Medical and sanitary report of the native army of Bengal for the year
Year: 1878
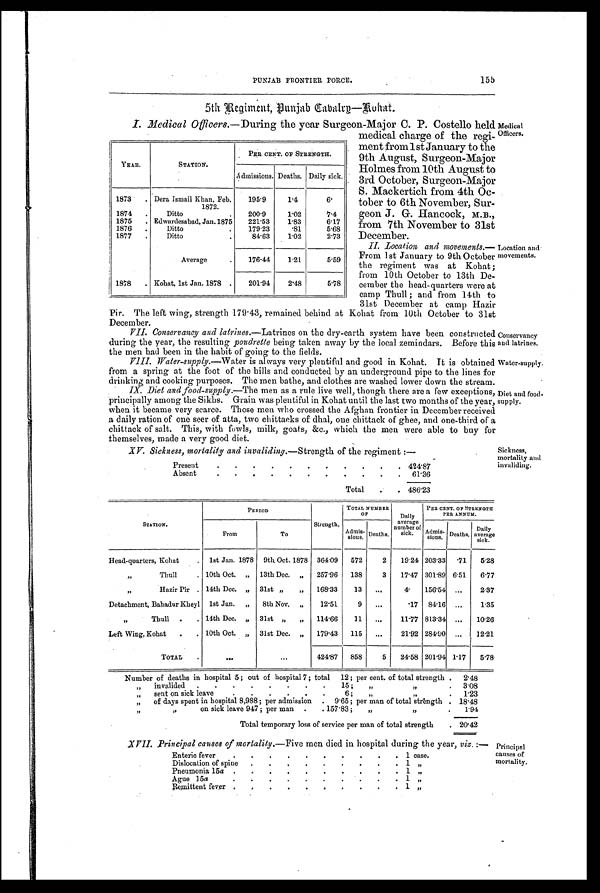
Enteric fever
.
.
.
.
.
.
.
.
.
. 1 case.
Dislocation of spine
.
.
.
.
.
.
.
.
. 1 „
Pneumonia 15a .
.
.
.
.
.
.
.
.
. 1 „
Ague 15a
.
. .
.
.
.
.
.
.
. 1
, ,
Remittent fever
.
.
.
.
.
.
.
.
.
.
1
, ,
Principal
causes of
mortality.
XVII. Principal causes of mortality.— Five men died in hospital during the year, viz.:—
PUNJAB
FRONTIER
FORCE.
155
5th Regiment, Punjab Cabalry-Kohat.
Medical
Officers.
I. Medical Officers.— During the year Surgeon-Major C. P. Costello held
medical charge of the regi-
ment from 1st January to the
9th August, Surgeon-Major
Holmes from 10th August to
3rd October, Surgeon-Major
S. Mackertich from 4th Oc-
tober to 6th November, Sur-
geon J. G. Hancock, M.B.,
from 7th November to 31st
December.
Location
and
movements.
II. Location and movements
. —
F r o m 1 s t J a n u a r y t o 9 t h O c t o b e r
the regiment was at Kohat;
from 10th October to 13th De-
cember the head-quarters were at
camp Thull ; and from 14th to
31st December at camp Hazir
Pir. The left wing, strength 179.43, remained behind at Kohat from 10th October to 31st
December.
Conservancy
and latrines.
V I I C o n s e r v a n c y a n d l a t r i n e s . —L
a t r i n e s o n t h e d r y - e a r t h s y s t e m h a v e b e e n c o n s t r u c t e d
during the year, the resulting poudrette being taken away by the local zemindars. Before this
the men had been in the habit of going to the fields.
Water-supply.
V I I I W a t e r - s u p p l y .-
W a t e r i s a l w a y s v e r y p l e n t i f u l a n d g o o d i n K o h a t . I t i s o b t a i n e d
from a spring at the foot of the hills and conducted by an underground pipe to the lines for
drinking and cooking purposes. The men bathe, and clothes are washed lower down the stream.
Diet and food
-
supply.
I X D i e t a n d f o o d - s u p p l y . —T
h e m e n a s a r u l e l i v e w e l l , t h o u g h t h e r e a r e a f e w e x c e p t i o n s ,
principally among the Sikhs. Grain was plentiful in Kohat until the last two months of the year,
when it became very scarce. Those men who crossed the Afghan frontier in December received
a daily ration of one seer of atta, two chittacks of dhal, one chittack of ghee, and one-third of a
chittack of salt. This, with fowls, milk, goats, &amp;c., which the men were able to buy for
themselves, made a very good diet.
Sickness,
mortality and
invaliding.
XV. Sickness, mortality and invaliding.— Strength of the regiment :—
Present
.
.
.
.
.
.
.
.
.
.
. 4 2 4 . 8 7
Absent
.
.
.
.
.
.
.
.
.
.
.
6 1 . 3 6
Total
. 4 8 6 . 2 3
YEAR.
STATION.
PER CENT. OF STRENGTH.
Admissions. Deaths. Daily sick.
1873
. Dera Ismail Khan, Feb.
1872.
195.9
1.4
6.
1874
.
Ditto
.
200.9
1.02
7.4
1875
. Edwardesabad, Jan.1875
221.53
1.83
6.17
1876
.
Ditto
.
179.23
.81
5.68
1877
.
Ditto
.
84.63
1.02
2.73
Average
.
176.44
1.21
5.59
1878
. Kohat, 1st Jan. 1878 .
201.94
2.48
5.78
STATION.
PERIOD
TOTAL NUMBER
OF
Daily
average
number of
sick.
PER CENT. OF STRENGTH
PER ANNUM.
From
To
Strength.
Adm is-sions. Deaths.
Admi s -
sions. Deaths.
Daily
average
sick.
Head-quarters, Kohat
. 1st Jan. 1878 9th Oct. 1878 364.09
572
2
19.24 203.33
. 7 1 5.28
,, Thull . 10th Oct. „ 13th Dec. „
257.96
138
3
17.47 301.89 6.51
6.77
,, Hazir Pir . 14th Dec. „ 31st „
„
168.33
13
...
4 .
156.54 ...
2.37
Detachment, Bahadur Kheyl 1st Jan. ,,
8th Nov. „
12.51
9
...
.17 84.16 ...
1.35
,, Thull .
. 14th Dec. „ 31st „
„
114.66
11
...
11.77 813.34 ...
10.26
Left Wing, Kohat
.
. 10th Oct. „ 31st Dec. „
179.43
115
...
21.92 284.90 ...
12.21
TOTAL
.
. . .
...
424'87
858
5
24.58 201.94 1.17
5.78
Number of deaths in hospital 5; out of hospital 7; total 12; per cent. of total strength .
2 . 4 8
, ,
invalided .
. . . . . .
.
15 ;
„
,,
.
3 . 0 8
„
sent on sick leave
.
.
.
.
. .
.
6;
„
,,
. 1 . 2 3
„
of days spent in hospital 8,988 ; per admission
.
. 9.65 ; per man of total strength
.
. 1 8 . 4 8
, ,
,, on sick leave 947 ; per man .
. 157.83; „ ,,
.
1.94
Total temporary loss of service per man of total strength
. 2 0 . 4 2